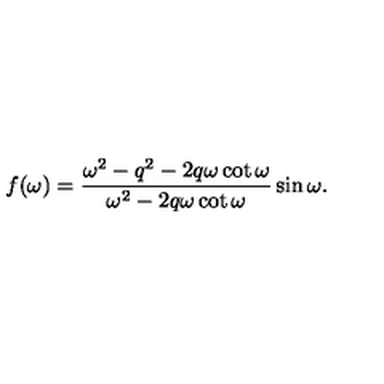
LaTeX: f ( \omega ) = \frac { \omega ^ { 2 } - q ^ { 2 } - 2 q \omega \cot \omega } { \omega ^ { 2 } - 2 q \omega \cot \omega } \sin \omega { . }